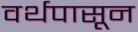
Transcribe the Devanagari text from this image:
वर्थपासून